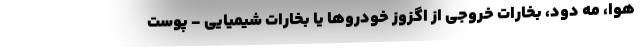
هوا، مه دود، بخارات خروجی از اگزوز خودروها یا بخارات شیمیایی - پوست